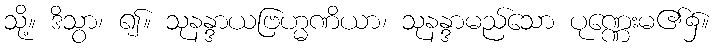
သို့။ ဒိသွာ၊ ၍။ သုနန္ဒာယဗြဟ္မဏိယာ၊ သုနန္ဒာမည်သော ပုဏ္ဏေးမ၏၌။